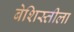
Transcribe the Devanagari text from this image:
बेशिस्तीला